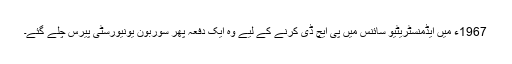
1967ء میں ایڈمنسٹریٹیو سائنس میں پی ایچ ڈی کرنے کے لیے وہ ایک دفعہ پھر سوربون یونیورسٹی پیرس چلے گئے۔